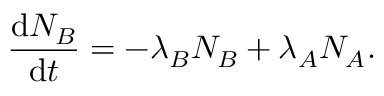
{ \frac { \mathrm { d } N _ { B } } { \mathrm { d } t } } = - \lambda _ { B } N _ { B } + \lambda _ { A } N _ { A } .